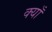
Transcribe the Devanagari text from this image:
क्याँ